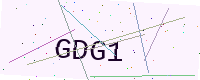
Text: GDG1